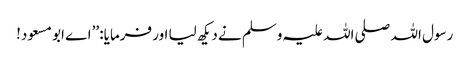
رسول اللہ صلی اللہ علیہ وسلم نے دیکھ لیا اور فرمایا: ’’اے ابو مسعود!